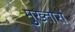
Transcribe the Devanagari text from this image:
मुख्तारों